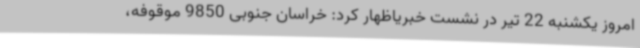
امروز یکشنبه 22 تیر در نشست خبریاظهار کرد: خراسان جنوبی 9850 موقوفه،